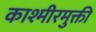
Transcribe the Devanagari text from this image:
काश्मीरमुक्ती